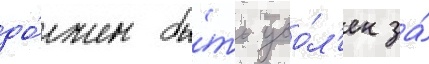
до́лжен бы́ть уво́л'ен за́